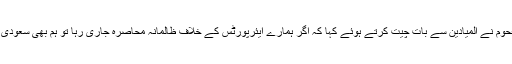
جیسا کہ چند دن پہلے انصاراللہ یمن کے ایک اعلی سطحی عہدیدار علی الفحوم نے المیادین سے بات چیت کرتے ہوئے کہا کہ اگر ہمارے ایئرپورٹس کے خلاف ظالمانہ محاصرہ جاری رہا تو ہم بھی سعودی عرب کے فوجی اور سویلین ہوائی اڈوں پر حملوں میں اضافہ کر دیں گے۔